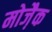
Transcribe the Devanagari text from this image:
मोजै़क